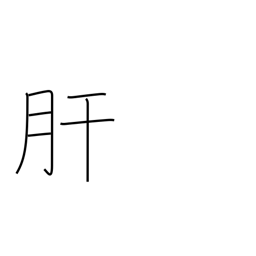
Meaning: pluck